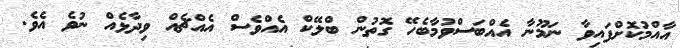
އާއްމުކޮށްފައިވާ ނަމޫނާ އެއްބަސްވުމާބެހޭ ގޮތުން ބްލޭކް އެއްވެސް އެއްޗެއް ވިދާޅެއް ނުވެ އެވެ.